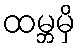
ထမ္ဘမှိ